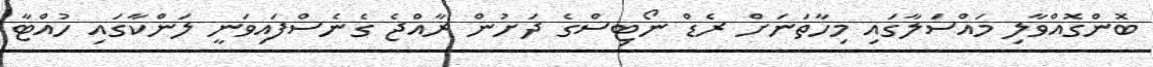
ބޮންގޮއްވާލި މައްސަލާގައި މިހާތަނަށް ރެޑް ނޯޓިސްގެ ދަށުން ރާއްޖެ ގެެނެސްފައިވަނީ ލަންކާގައި ހުއްޓާ